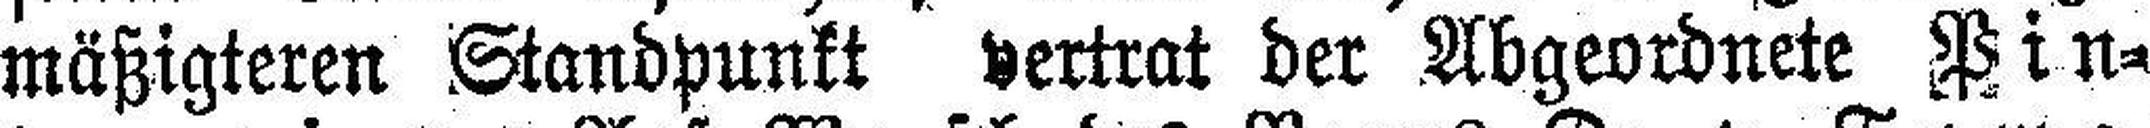
mäßigteren Standpunkt vertrat der Abgeordnete Pin¬